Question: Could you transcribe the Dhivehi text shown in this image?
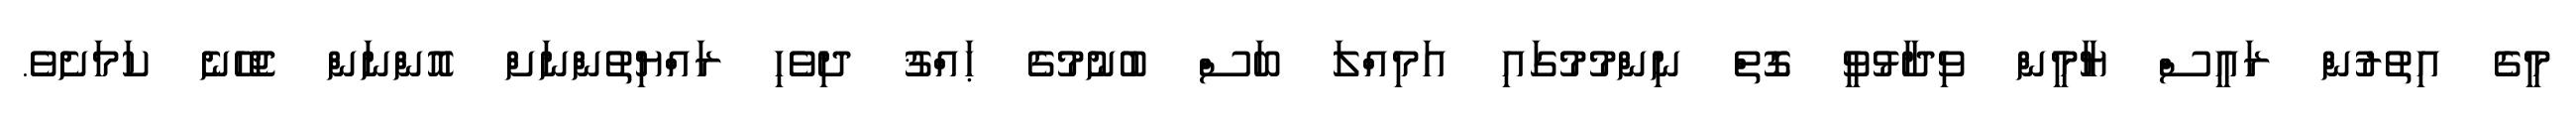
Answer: މީގެ އިތުރުން ރައީސް ޔާމީން ވިދާޅުވީ ގޮތް ނިންމުމުގައި އަމިއްލަ ބަސް ބުނުމުގެ ޙައްޤު ދިވެހި ރައްޔިތުންނަށް އޮންނަން ޖެހޭނެ ކަމަށެވެ.